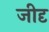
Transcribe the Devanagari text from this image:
जीदृ